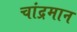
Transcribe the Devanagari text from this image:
चांद्रमान